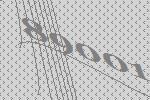
89001